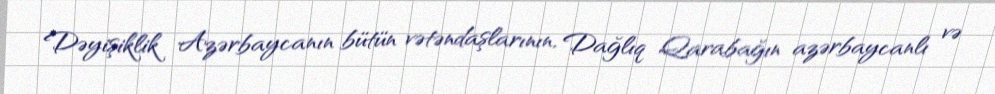
Dəyişiklik Azərbaycanın bütün vətəndaşlarının, Dağlıq Qarabağın azərbaycanlı və